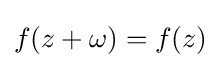
f(z+\omega )=f(z)